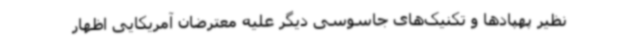
نظیر پهپادها و تکنیک‌های جاسوسی دیگر علیه معترضان‌ آمریکایی اظهار